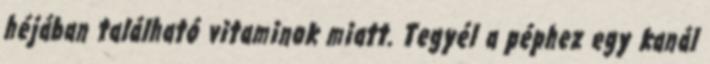
héjában található vitaminok miatt. Tegyél a péphez egy kanál